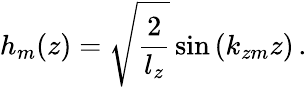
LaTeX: h_{m}(z)=\sqrt{\frac{2}{l_{z}}}\sin\left(k_{zm}z\right)\, .